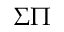
\Sigma \Pi